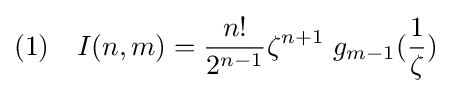
(1)\quad I(n,m)={\frac {n!}{2^{n-1}}}\zeta ^{n+1}~g_{m-1}({\frac {1}{\zeta }})